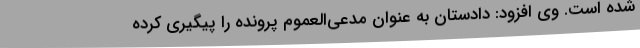
شده است. وی افزود: دادستان به عنوان مدعی‌العموم پرونده را پیگیری کرده